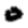
Digit: 0